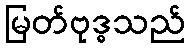
မြတ်ဗုဒ္ဓသည်